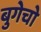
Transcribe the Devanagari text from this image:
बुगेचो